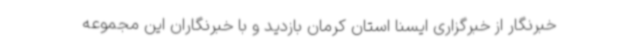
خبرنگار از خبرگزاری ایسنا استان کرمان بازدید و با خبرنگاران این مجموعه